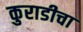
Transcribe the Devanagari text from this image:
कुराडीचा